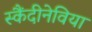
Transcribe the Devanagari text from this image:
स्कैंदीनेविया